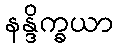
နန္ဒိက္ခယာ